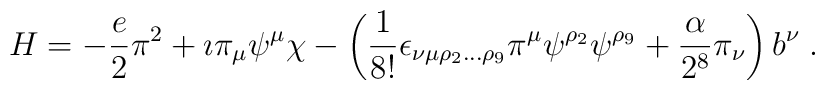
H = -\frac{e}{2}\pi^2+\imath\pi_\mu\psi^\mu\chi-\left(\frac{1}{8!}\epsilon_{\nu\mu\rho_2\ldots\rho_9}\pi^\mu\psi^{\rho_2}\psi^{\rho_9}+\frac{\alpha}{2^8}\pi_\nu\right) b^\nu\;.